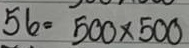
56 = 500x500